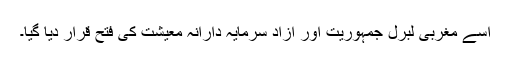
اسے مغربی لبرل جمہوریت اور آزاد سرمایہ دارانہ معیشت کی فتح قرار دیا گیا۔